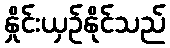
နှိုင်းယှဉ်နိုင်သည်